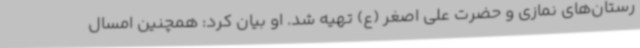
رستان‌های نمازی و حضرت علی اصغر (ع) تهیه شد. او بیان کرد: همچنین امسال